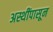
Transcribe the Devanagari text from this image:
अस्थींपासून